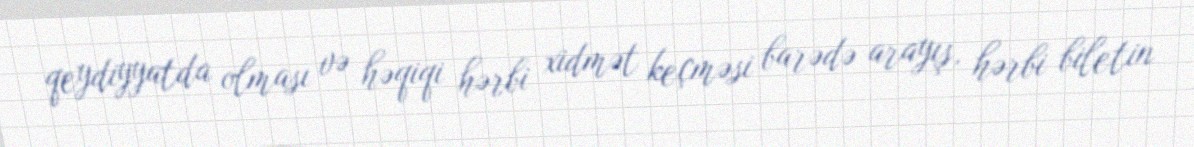
qeydiyyatda olması və həqiqi hərbi xidmət keçməsi barədə arayış, hərbi biletin